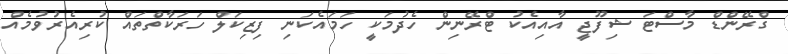
ގްރޭންޑް މާސްޓަ ޝިފޫޖީ އާއިއެކު ޓްރޭނިން ހެދުމަކީ ހަމައެކަނި ފިޒިކަލް ހަރަކާތްތައް ކުރިއެރުވުމެއް